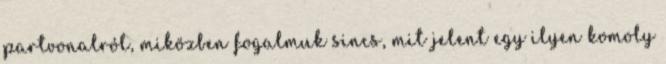
partvonalról, miközben fogalmuk sincs, mit jelent egy ilyen komoly